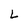
Character: L